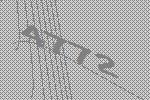
4772